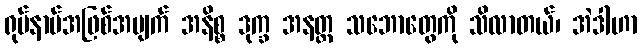
ရုပ်နာမ်အဖြစ်အပျက် အနိစ္စ ဒုက္ခ အနတ္တ သဘောတွေကို သိလာတယ်၊ အဲဒါဟာ